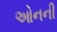
ઓનની